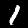
Digit: 1